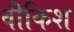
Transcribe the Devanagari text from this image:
वीकिश